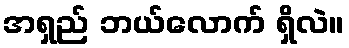
အရှည် ဘယ်လောက် ရှိလဲ။